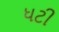
ધટી